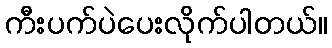
ကီးပက်ပဲပေးလိုက်ပါတယ်။